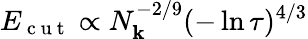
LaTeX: E_{\mathrm{~c~u~t~}}\propto N_{\mathbf{k}}^{-2/9}(-\ln{\tau})^{4/3}